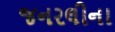
જનરલીના